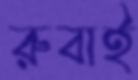
রুবাই